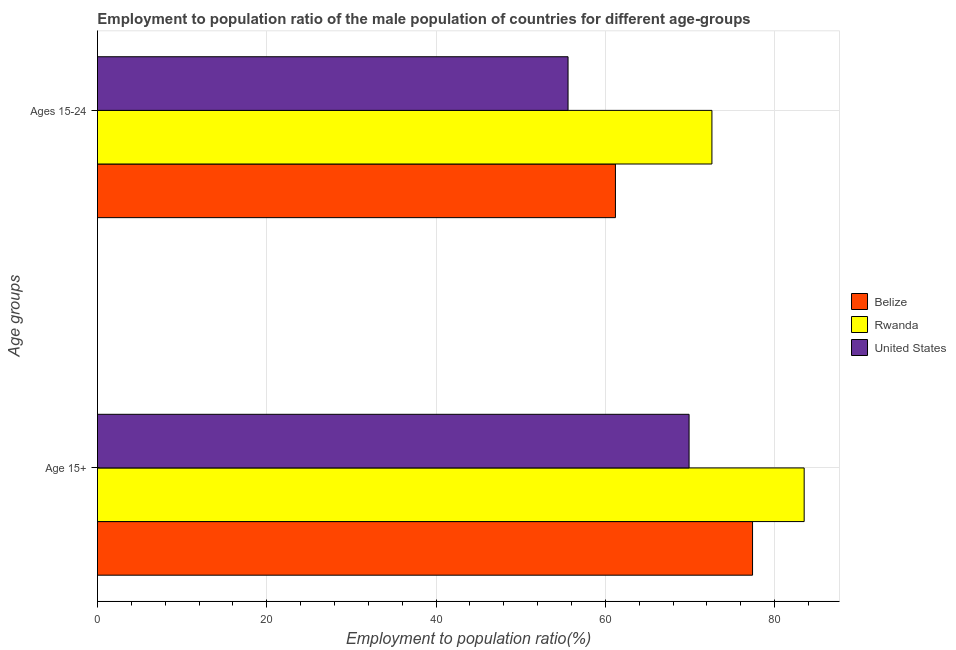
| Age groups | Belize | Rwanda | United States |
 | --- | --- | --- | --- |
 | Age 15+ | 77.4 | 83.5 | 69.9 |
 | Ages 15-24 | 61.2 | 72.6 | 55.6 |